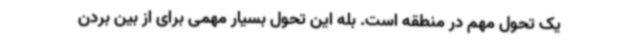
یک تحول مهم در منطقه است. بله این تحول بسیار مهمی برای از بین بردن